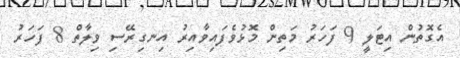
އެގޮތުން އިޓަލީ 9 ފަހަރު މަތިން މޮޅުވެފައިވާއިރު އިނގިރޭސި ވިލާތް 8 ފަހަރު